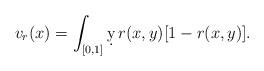
LaTeX: \begin{align*}v_r(x) = \int_{[0,1]} \d y\,r(x,y)[1-r(x,y)]. \end{align*}